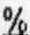
%